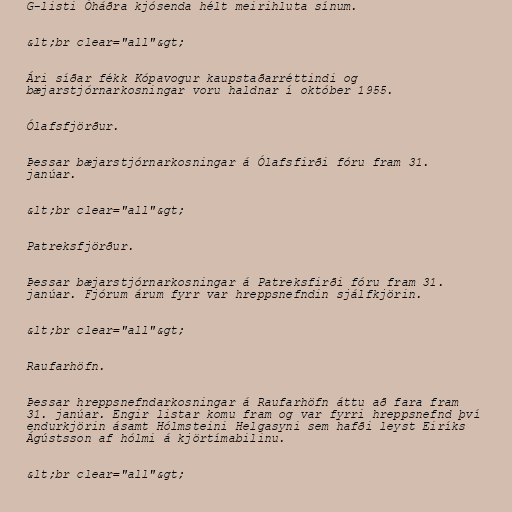
G-listi Óháðra kjósenda hélt meirihluta sínum.

&lt;br clear="all"&gt;

Ári síðar fékk Kópavogur kaupstaðarréttindi og
bæjarstjórnarkosningar voru haldnar í október 1955.

Ólafsfjörður.

Þessar bæjarstjórnarkosningar á Ólafsfirði fóru fram 31.
janúar.

&lt;br clear="all"&gt;

Patreksfjörður.

Þessar bæjarstjórnarkosningar á Patreksfirði fóru fram 31.
janúar. Fjórum árum fyrr var hreppsnefndin sjálfkjörin.

&lt;br clear="all"&gt;

Raufarhöfn.

Þessar hreppsnefndarkosningar á Raufarhöfn áttu að fara fram
31. janúar. Engir listar komu fram og var fyrri hreppsnefnd því
endurkjörin ásamt Hólmsteini Helgasyni sem hafði leyst Eiríks
Ágústsson af hólmi á kjörtímabilinu.

&lt;br clear="all"&gt;